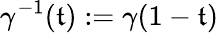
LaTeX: \gamma^{-1}(\mathfrak{t}):=\gamma(1-\mathfrak{t})